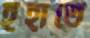
ইঁহাতে